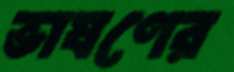
ভাষণের